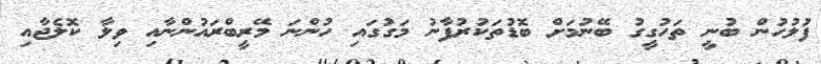
ފުލުހުން ބުނީ ތަހުގީގު ބޭނުމަށް ބޮޑުތަކުރުފާނު މަގުގައި ހުންނަ މޭރީބްރައުންނާއި ވިލާ ކޮލެޖާއި